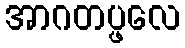
အာဂတပ္ဖလေ